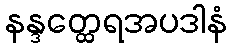
နန္ဒတ္ထေရအပဒါနံ